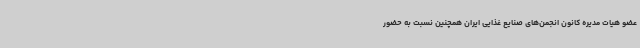
عضو هیات مدیره کانون انجمن‌های صنایع غذایی ایران همچنین نسبت به حضور